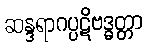
ဆန္ဒရာဂပ္ပဋိဗဒ္ဓတ္တာ